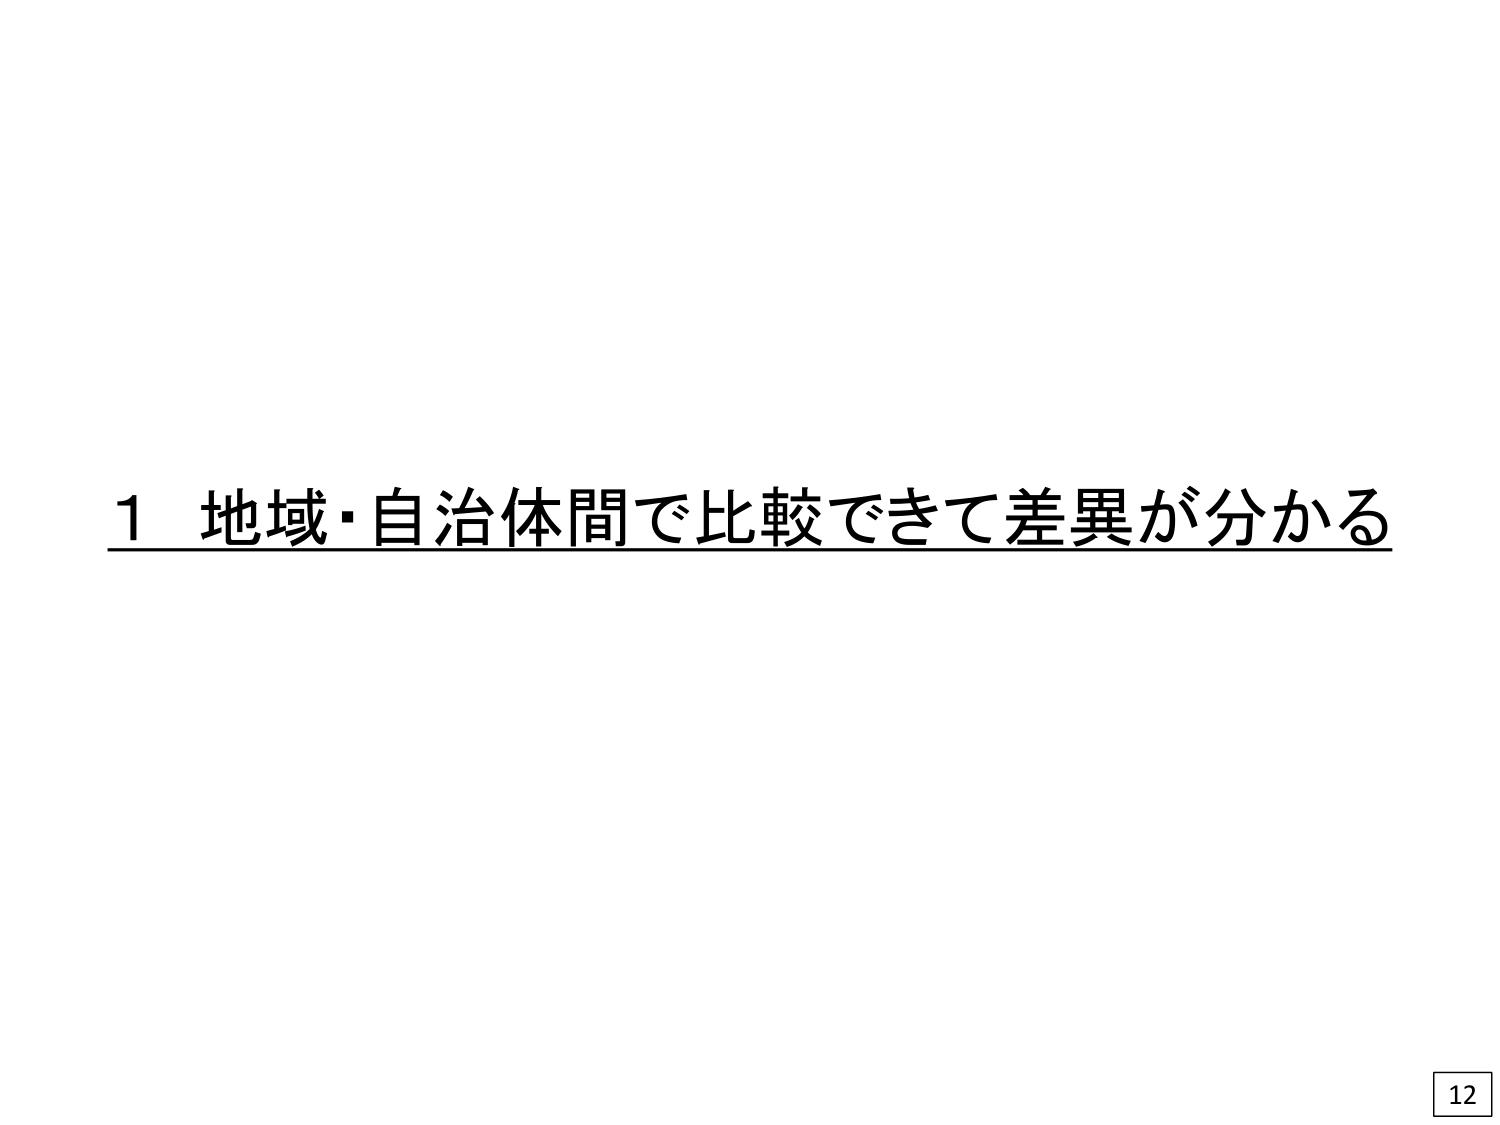
1 地域・自治体間で比較できて差異が分かる
12